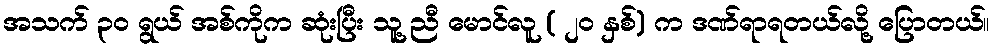
အသက် ၃၀ ရွယ် အစ်ကိုက ဆုံးပြီး သူ့ ညီ မောင်လူ ( ၂၀ နှစ်) က ဒဏ်ရာရတယ်လို့ ပြောတယ်။